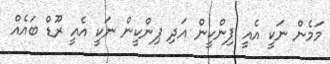
މަމެން ނަކީ އެއީ ޕިންކީން އަދި ޕިންކީން ނަކީ އެއީ ރޫޑް ބައެއް